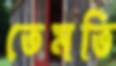
তেমতি